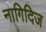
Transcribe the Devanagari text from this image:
नागिदिज